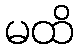
မထိ